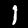
Label: 1